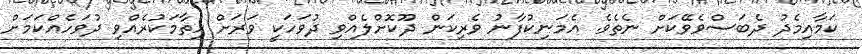
ކަމާއިމެދު ދެބަސްވެވޭކަށް ނެތެވެ. އެމަނިކުފާނު ވެރިކަން ދޫކޮށްލެއްވި ދުވަހަކީ ވަރަށް ހިތާމަކުރެއްވި ދުވަހެއްކަމަށް